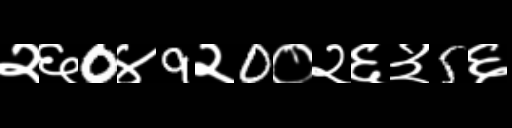
Text: २६0४9२0०२६३5६